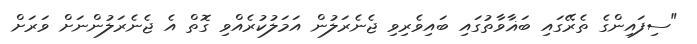
"ސިފައިންގެ ތެރޭގައި ބަޣާވާތުގައި ބައިވެރިވި ޖެނެރަލުން އަމަލުކުރެއްވި ގޮތް އެ ޖެނެރަލުންނަށް ވަރަށް